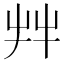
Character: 𦫹